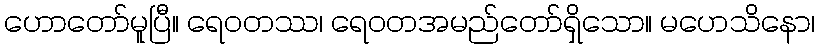
ဟောတော်မူပြီ။ ရေဝတဿ၊ ရေဝတအမည်တော်ရှိသော။ မဟေသိနော၊